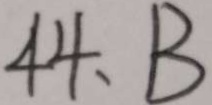
4 4 、 B